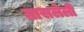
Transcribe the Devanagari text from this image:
ग्रासलेली